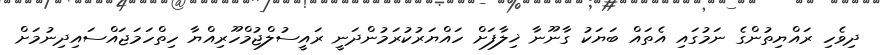
ދިވެހި ރައްޔިތުންގެ ނަމުގައި އެތައް ބަޔަކު ގާނޫނާ ޚިލާފަށް ހައްޔަރުކުރަމުންދަނީ ރައީސުލްޖުމްހޫރިއްޔާ ހިތްހަމަޖައްސައިދިނުމަށް